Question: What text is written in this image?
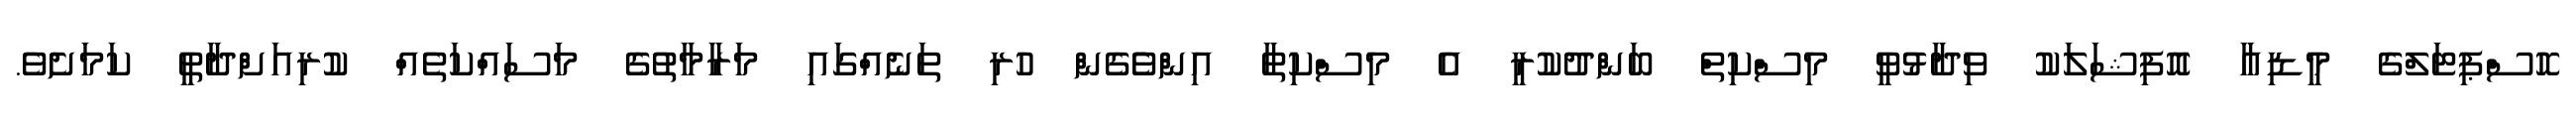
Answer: ހޮސްޕިޓަލްގެ މީޑިއާ އޮފިޝަލަކު ވިދާޅުވީ މިސްކިތް ބަންދުކުރީ އެ މިސްކިތާ އިންވެެގެން ހުރި ތަނެއްގައި މަރާމާތުގެ މަސައްކަތެއް ކުރިއަށްދާތީ ކަމަށެވެ.